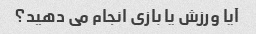
آیا ورزش یا بازی انجام می دهید؟